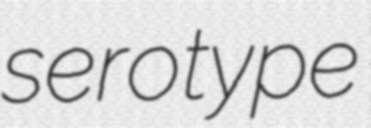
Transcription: serotype